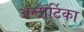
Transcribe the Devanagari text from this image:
अन्टार्टिका